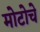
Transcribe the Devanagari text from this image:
मोटोचे